Report on the bubonic plague in Bombay, 1896-1897
Year: 1896
Disease focus: Plague
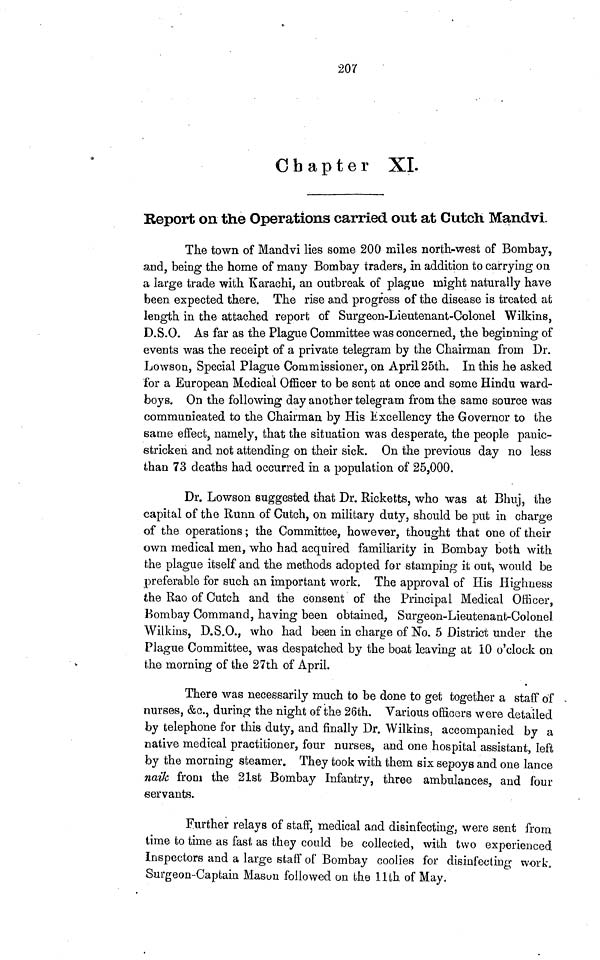
207
Chapter XL
Report on the Operations carried out at Cutch Mandvi
The town of Mandvi lies some 200 miles north-west of Bombay,
and, being the home of many Bombay traders, in addition to carrying on
a large trade with Karachi, an outbreak of plague might naturally have
been expected there. The rise and progress of the disease is treated at
length in the attached report of Surgeon-Lieutenant-Colonel Wilkins,
D.S.O. As far as the Plague Committee was concerned, the beginning of
events was the receipt of a private telegram by the Chairman from Dr.
Lowson, Special Plague Commissioner, on April 25th. In this he asked
for a European Medical Officer to be sent at once and some Hindu ward-
boys. On the following day another telegram from the same source was
communicated to the Chairman by His Excellency the Governor to the
same effect, namely, that the situation was desperate, the people panic-
stricken and not attending on their sick. On the previous day no less
than 73 deaths had occurred in a population of 25,000.
Dr. Lowson suggested that Dr. Ricketts, who was at Bhuj, the
capital of the Runn of Cutch, on military duty, should be put in charge
of the operations ; the Committee, however, thought that one of their
own medical men, who had acquired familiarity in Bombay both with
the plague itself and the methods adopted for stamping it out, would be
preferable for such an important work. The approval of His Highness
the Rao of Cutch and the consent of the Principal Medical Officer,
Bombay Command, having been obtained, Surgeon-Lieutenant-Colonel
Wilkins, D.S.O., who had been in charge of No. 5 District under the
Plague Committee, was despatched by the boat leaving at 10 o'clock on
the morning of the 27th of April.
There was necessarily much to be done to get together a staff of
nurses, &c., during the night of the 26th. Various officers were detailed
by telephone for this duty, and finally Dr. Wilkins, accompanied by a
native medical practitioner, four nurses, and one hospital assistant, left
by the morning steamer. They took with them six sepoys and one lance
naik from the 21st Bombay Infantry, three ambulances, and four
servants.
Further relays of staff, medical and disinfecting, were sent from
time to time as fast as they could be collected, with two experienced
inspectors and a large staff of Bombay coolies for disinfecting work.
Surgeon-Captain Mason followed on the 11th of May.